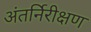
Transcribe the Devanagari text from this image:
अंतर्निरीक्षण